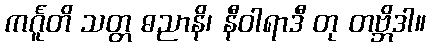
ကင်္ဂူတိ သတ္တ ဓညာနိ၊ နီဝါရာဒီ တု တဗ္ဘိဒါ။